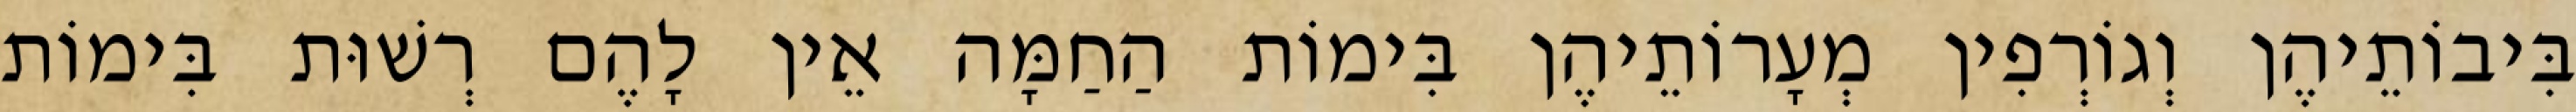
בִּיבוֹתֵיהֶן וְגוֹרְפִין מְעָרוֹתֵיהֶן בִּימוֹת הַחַמָּה אֵין לָהֶם רְשׁוּת בִּימוֹת